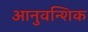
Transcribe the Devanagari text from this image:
आनुवन्शिक